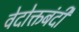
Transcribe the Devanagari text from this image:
वेदोक्तबंदी